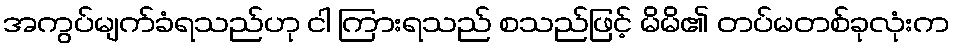
အကွပ်မျက်ခံရသည်ဟု ငါ ကြားရသည် စသည်ဖြင့် မိမိ၏ တပ်မတစ်ခုလုံးက